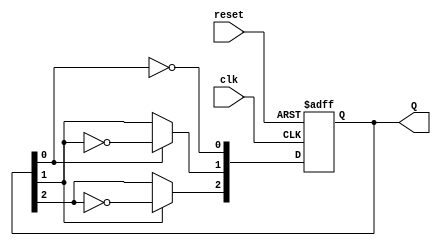
module ripple_counter (
    input wire clk,       // Clock input
    input wire reset,     // Asynchronous reset
    output reg [2:0] Q    // 3-bit output
);

// T flip-flop behavior
always @(posedge clk or posedge reset) begin
    if (reset) begin
        Q <= 3'b000;      // Initialize counter to zero on reset
    end else begin
        Q[0] <= ~Q[0];    // Toggle LSB on every clock pulse
        Q[1] <= Q[0] ? ~Q[1] : Q[1]; // Toggle middle bit on LSB transition
        Q[2] <= Q[1] ? ~Q[2] : Q[2]; // Toggle MSB on second bit transition
    end
end

endmodule